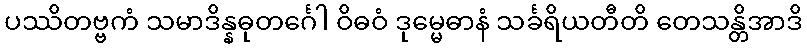
ပဿိတဗ္ဗကံ သမာဒိန္နဓုတင်္ဂေါ ဝိဓဝံ ဒုမ္မေဓာနံ သင်္ခရိယတီတိ တေသန္တိအာဒိ